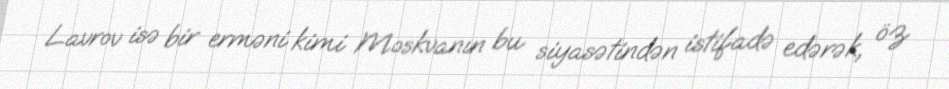
Lavrov isə bir erməni kimi Moskvanın bu siyasətindən istifadə edərək, öz